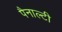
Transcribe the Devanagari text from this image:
पैनाल्टी